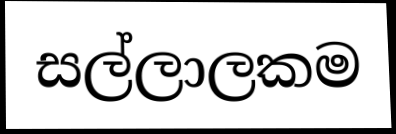
සල්ලාලකම